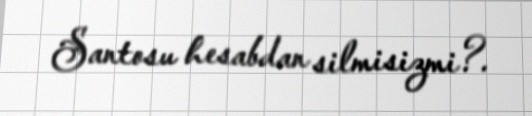
Santosu hesabdan silmisizmi?.